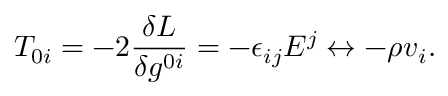
T _ { 0 i } = - 2 \frac { \delta { \cal L } } { \delta g ^ { 0 i } } = - \epsilon _ { i j } E ^ { j } \leftrightarrow - \rho v _ { i } .